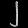
Digit: ၂